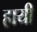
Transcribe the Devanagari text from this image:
हायी